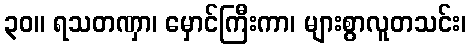
၃၀။ ရသတဏှာ၊ မှောင်ကြီးကာ၊ များစွာလူတသင်း၊